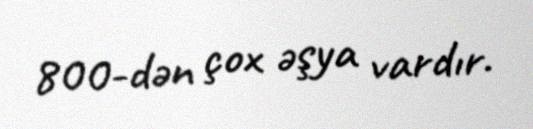
800-dən çox əşya vardır.